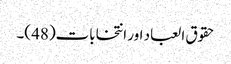
حقوق العباد اور انتخابات(48 )۔